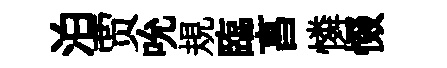
泊贾吮規臨亯憐惙